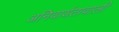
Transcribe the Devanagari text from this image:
अनिवार्यतावाली